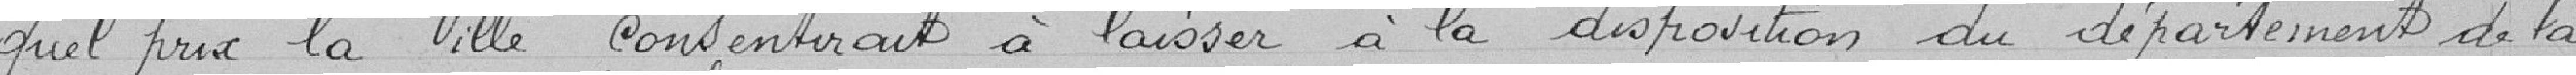
quel prix la ville consentirait à laisser à la disposition du département de la